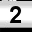
Digit: 2